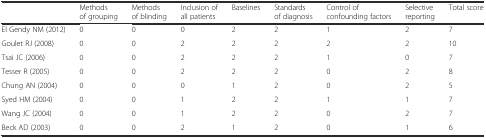
|  | Methods of grouping | Methods of blinding | Inclusion of all patients | Baselines | Standards of diagnosis | Control of confounding factors | Selective reporting | Total score |
 | --- | --- | --- | --- | --- | --- | --- | --- | --- |
 | El Gendy NM (2012) | 0 | 0 | 0 | 2 | 2 | 1 | 2 | 7 |
 | Goulet RJ (2008) | 0 | 0 | 2 | 2 | 2 | 2 | 2 | 10 |
 | Tsai JC (2006) | 0 | 0 | 2 | 2 | 2 | 1 | 0 | 7 |
 | Tesser R (2005) | 0 | 0 | 2 | 2 | 2 | 0 | 2 | 8 |
 | Chung AN (2004) | 0 | 0 | 0 | 1 | 2 | 0 | 2 | 5 |
 | Syed HM (2004) | 0 | 0 | 1 | 2 | 2 | 1 | 1 | 7 |
 | Wang JC (2004) | 0 | 0 | 1 | 2 | 2 | 0 | 2 | 7 |
 | Beck AD (2003) | 0 | 0 | 2 | 1 | 2 | 0 | 1 | 6 |